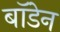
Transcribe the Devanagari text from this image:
बाॅडेन